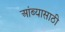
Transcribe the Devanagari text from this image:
आंब्यासाठी